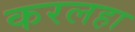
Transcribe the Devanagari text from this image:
करलहा